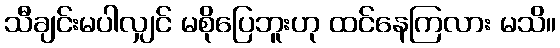
သီချင်းမပါလျှင် မစိုပြေဘူးဟု ထင်နေကြလား မသိ။